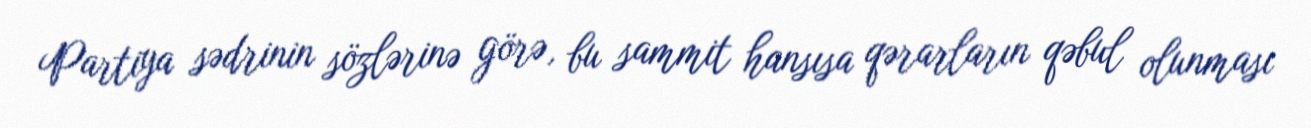
Partiya sədrinin sözlərinə görə, bu sammit hansısa qərarların qəbul olunması